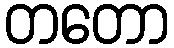
တတော